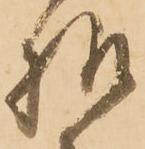
様